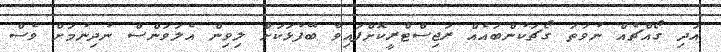
އަދި ގޯއްޗެއް ނުވަތަ ގޯޗަކުންބައެއް ރަޖިސްޓްރީކޮށްފައިވާ ބޭފުޅަކަށް ލިވިން އެލަވަންސް ނުދިނުމަށް ވެސް